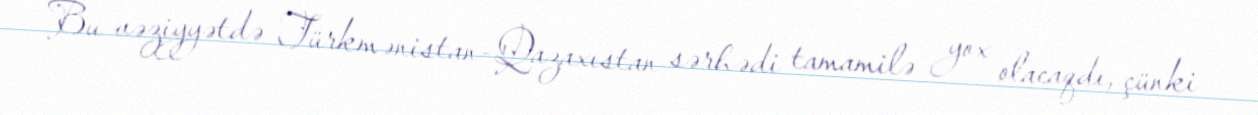
Bu vəziyyətdə Türkmənistan-Qazaxıstan sərhədi tamamilə yox olacaqdı, çünki